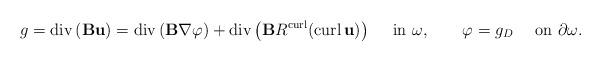
LaTeX: \begin{align*}g=\operatorname{div}\left( \mathbf{B}{\mathbf{u}}\right) =\operatorname{div}\left( {\mathbf{B}}\nabla\varphi\right) +\operatorname{div}\left(\mathbf{B}R^{\operatorname{curl}}(\operatorname{curl}{\mathbf{u}})\right)\quad\mbox{ in $\omega$},\qquad\varphi=g_{D}\quad\mbox{ on $\partial\omega$}.\end{align*}